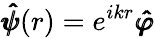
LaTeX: \pmb{\hat{\psi}}(r)=e^{ikr}\pmb{\hat{\varphi}}